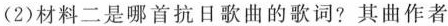
(2)材料二是哪首抗日歌曲的歌词?其曲作者